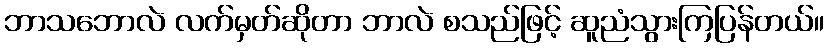
ဘာသဘောလဲ လက်မှတ်ဆိုတာ ဘာလဲ စသည်ဖြင့် ဆူညံသွားကြပြန်တယ်။